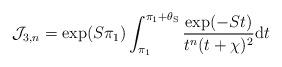
LaTeX: \begin{align*}\mathcal{J}_{3,n} = \exp({S \pi_1}) \int_{\pi_1}^{\pi_1+\theta_{\mathrm{S}}} \frac{\exp({-St})}{ t^{n} (t + \chi)^2} \mathrm{d}t\end{align*}